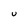
Character: u